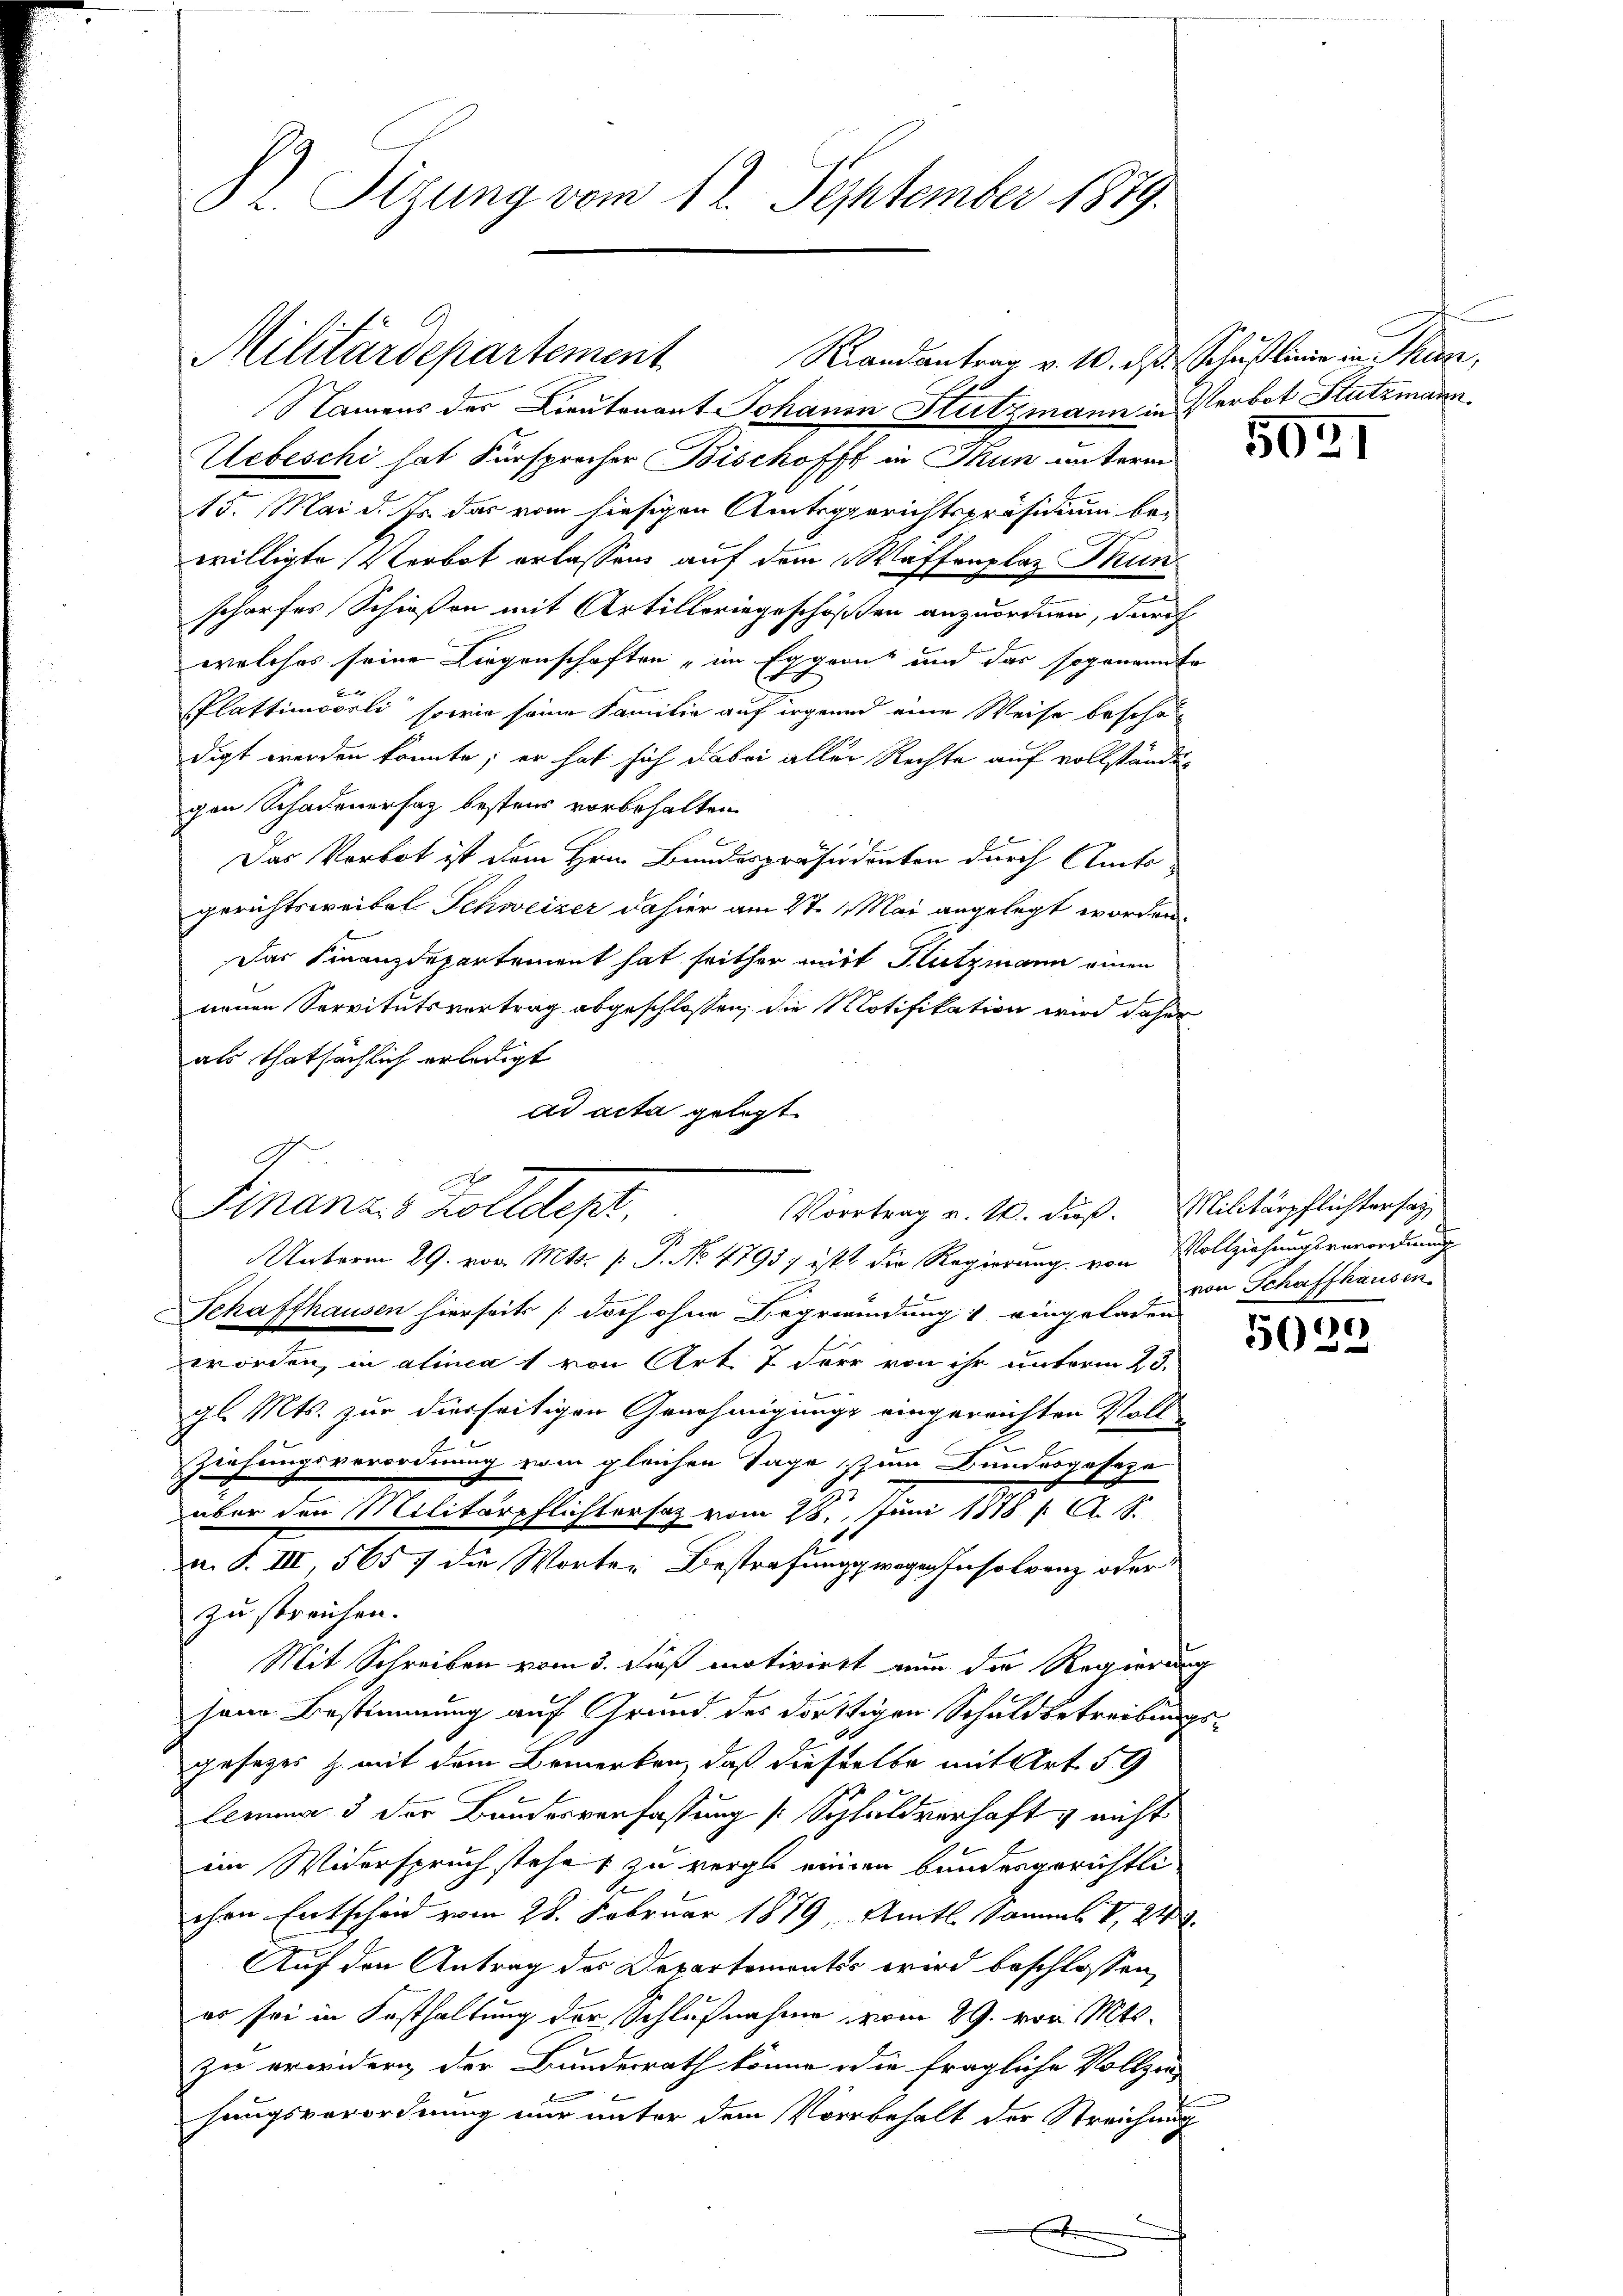
Pr. Sitzung vom 12. September 1879.

Militärdepartement Randantrag v. 10. d. Schaslinie in hin,

Finanzes Zolldep
Vortrag v. 10. duß. Militärpflichtersag
h
Unterm 29. vor. Mts. s. S. No 4795; ist? Die Regierung von Vollziehungsverordnung

2
Schaffhausen hierseits (doch ohne Begründung eingeladen
worden, in alinea 1 von Art. 7 der von ihr unterm 23.
gl. Mts. zur diesseitigen Genehmigung eingereichten Voll
Ziehungsverordnung vom gleichen Tage zum Bundesgeseze
über den Militärpflichtersaz vom 28. Juni 1878 / A. S.
a. S. III, 5657 die Worter Bestrafungswegen Insolvenz oder
zu streichen.
Mit Schreiben vom 3. dieß motivirtt nun die Regierung
sene Bestimmung auf Grund des dorttigen Schuldbetreibungsgesetzes z. mit dem Bemerken, daß dieselbe mit Art. 59
Lemma 3 der Bauderverfassung [Schuldverhaft nicht
im Widerspruch stehe, zu verge einen bundesgerichtli
chen Entscheid vom 28. Februar 1879, Amts Sommes V. 24.
Auf den Antrag des Departements wird beschlossen,
er sei in Festhaltung der Schlußnahme vom 29. vor. Mts.
zu erwidern der Bundesrath könne die fragliche Vollzie-
hungsverordnung nur unter dem Vorbehalt der Streichung
.
E

Namens der Lieutenant Johann Stutzmann in Verbot Stutzmann.
Uebeschi hat Fürsprecher Bischofft in Mun unterm
15. Mai d. Js. das vom hiesigen Amtsgerichtspräsidium bewilligte Verbot erlassens auf dem Waffenplaz Thun
scharfes Schießen mit Artilleringeschöffen anzuordnen, durch
welches seine Liegenschaften, im Eggern und das sogenanner
e
Plattinopeli, sowie seine Familie auf irgend eine Weise beschon
digt werden könnte; er hat sich dabei aller Rechte auf vollständegen Schadenersaz besteur vorbehalten
Das Verbot ist dem Hrn. Bundespräsidenten durch Amts-
gerichtsweitel Schweizer dahier am St. Mai angelegt worden.
Das Finanzdepartement hat seither mit Hutzmann einen
neuen Servitutsvertrag abgeschlossen, die Notifikation wird daher
als thatsächlich erledigt
ad acta gelegt

.

5931

von Schaffhausen.

6)
568.